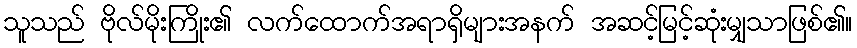
သူသည် ဗိုလ်မိုးကြိုး၏ လက်ထောက်အရာရှိများအနက် အဆင့်မြင့်ဆုံးမျှသာဖြစ်၏။